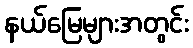
နယ်မြေများအတွင်း